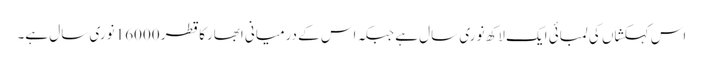
اس کہکشاں کی لمبائی ایک لاکھ نوری سال ہے جبکہ اس کے درمیانی ابھارکا قطر 16000 نوری سال ہے۔